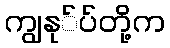
ကျွနု်ပ်တို့က